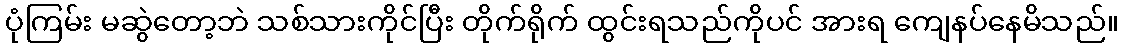
ပုံကြမ်း မဆွဲတော့ဘဲ သစ်သားကိုင်ပြီး တိုက်ရိုက် ထွင်းရသည်ကိုပင် အားရ ကျေနပ်နေမိသည်။